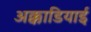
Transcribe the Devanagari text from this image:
अक्काडियाई